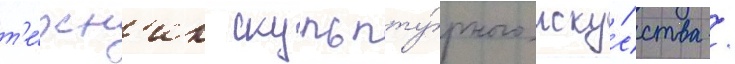
т'е́хн'ик скульпту́рного иску́сства /